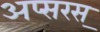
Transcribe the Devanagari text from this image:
अप्सरस्